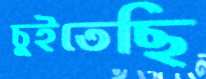
চুইতেছি